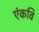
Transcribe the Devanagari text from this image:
एंकवि